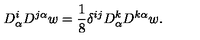
D _ { \alpha } ^ { i } D ^ { j \alpha } w = { \frac { 1 } { 8 } } \delta ^ { i j } D _ { \alpha } ^ { k } D ^ { k \alpha } w .